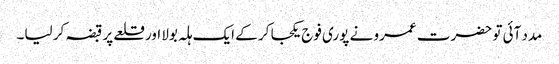
مدد آئی تو حضرت عمرو نے پوری فوج یکجا کر کے ایک ہلہ بولا اور قلعے پر قبضہ کر لیا۔